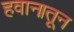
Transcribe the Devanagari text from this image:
हवानातून